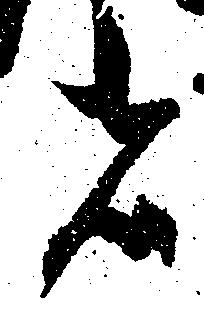
者